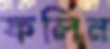
ফলিন